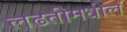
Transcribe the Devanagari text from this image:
लढतीमधील